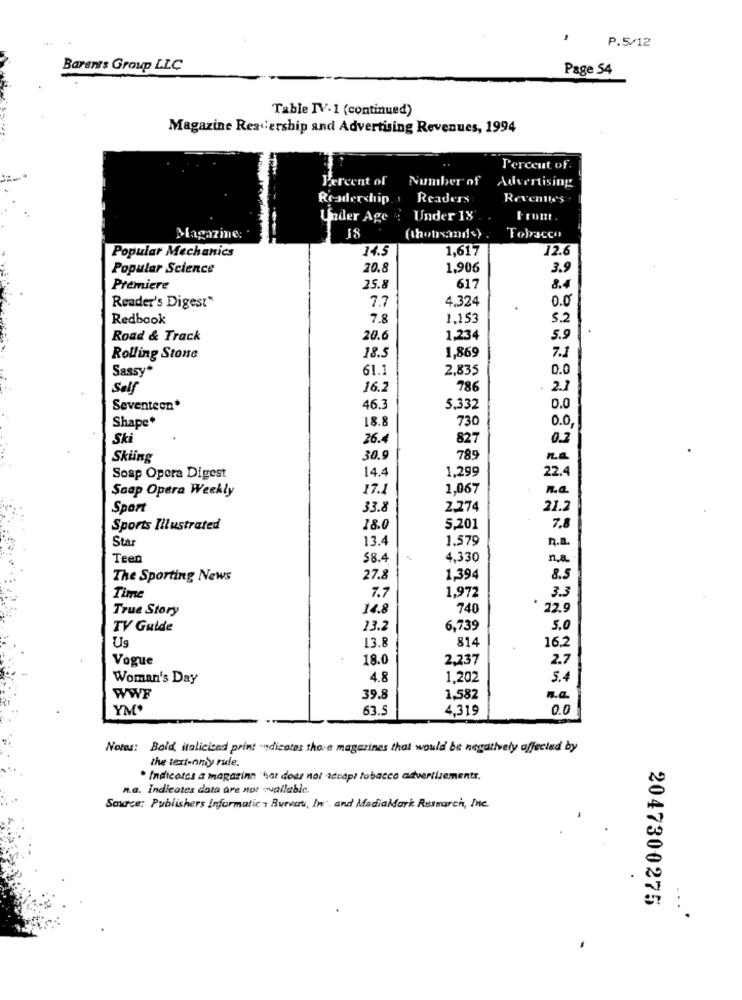
P.5/12
Barents Group LLC
Page 54
Table IV.1 (continued)
Magazine Readership and Advertising Revenues, 1994
Percent of
Percent of Number of Advertising
Readership.s
Readers
Revenue's
Under Age : Under 18
Magazine:
Tobacco
14.5
1,617
12.6
Popular Mechanics
Popular Science
20.8
1,906
3.9
Premiere
25.8
617
8.4
7.7
4.324
0.0
Reader's Digest"
Redbook
7.8
1,153
5.2
Road & Track
20.6
1,234
5.9
Rolling Stone
18.5
1,869
7.1
Sassy*
61.1
2,835
0.0
Self
16.2
786
. 2.1
Seventeen*
46.3
5.332
0.0
Shape+
18.8
730
0.0
Ski
26.4
827
0.2
Skiing
30.9
789
14.4
1,299
22.4
Soap Opera Digest
Soap Opera Weekly
17.1
1,067
n.a.
Sport
33.8
2,274
21.2
Sports Illustrated
18.0
5.201
7.8
Star
13.4
1.579
n.a.
Teen
58.4
4.330
n.a.
The Sporting News
27.8
1,394
8.5
1,972
3.3
Time
7.7
True Story
14.8
740
22.9
TV Guide
13.2
6,739
5.0
814
16.2
Us
13.8
Vogue
18.0
2,237
2.7
Woman's Day
4.8
1,202
5.4
WWF
39.8
1,582
R.a.
YM'
63.5
4,319
0.0
Notes: Bold, italicicad print .ndicatas those magazines that would be negatively affected by
the text-only rule.
. Indicates a magazinn "hat does not accept tobacco advertisements.
n.a. Indicates data are not wallabic.
Source: Publishers Informatic , Bureau, Iw. and MadiaMark Research, Inc.
2047300275